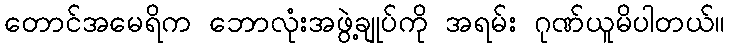
တောင်အမေရိက ဘောလုံးအဖွဲ့ချုပ်ကို အရမ်း ဂုဏ်ယူမိပါတယ်။